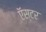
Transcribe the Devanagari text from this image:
ऍस्टर